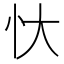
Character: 忕